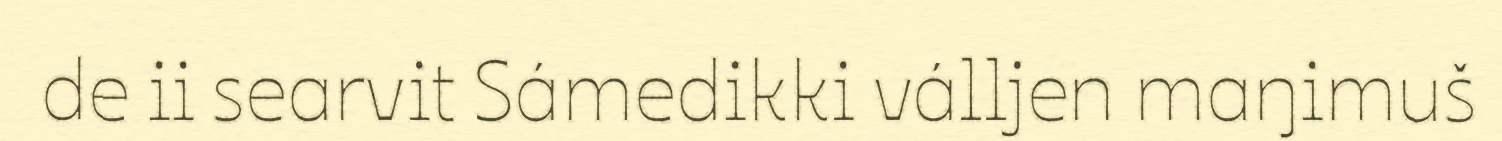
de ii searvit Sámedikki válljen maŋimuš